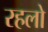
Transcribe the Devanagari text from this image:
रहलो